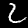
Digit: 2